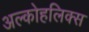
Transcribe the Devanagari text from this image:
अल्कोहलिक्स